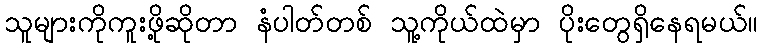
သူများကိုကူးဖို့ဆိုတာ နံပါတ်တစ် သူ့ကိုယ်ထဲမှာ ပိုးတွေရှိနေရမယ်။